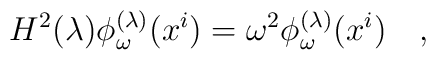
H^2(\lambda)\phi^{(\lambda)}_{\omega}(x^i)=\omega^2 \phi_{\omega}^{(\lambda)}(x^i)~~~,